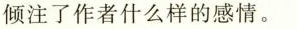
倾注了作者什么样的感情。